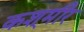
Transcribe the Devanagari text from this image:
कश्‌मीर